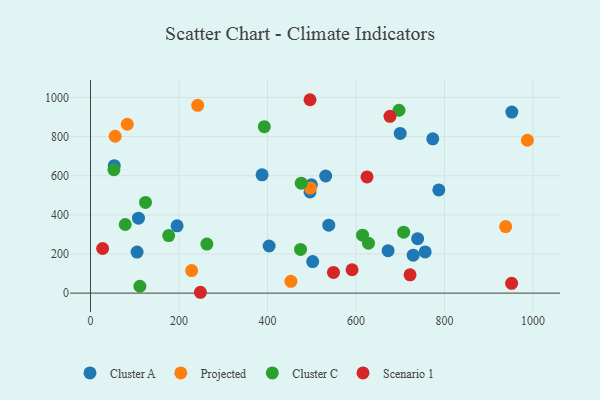
{"axis": {"x": "Experience", "y": "Rating"}, "legend": ["Cluster A", "Cluster C", "Projected", "Scenario 1"], "data": [{"x": "699.9", "y": 816.1, "type": "Cluster A"}, {"x": "105.2", "y": 209.9, "type": "Cluster A"}, {"x": "502.1", "y": 161.1, "type": "Cluster A"}, {"x": "729.3", "y": 194.0, "type": "Cluster A"}, {"x": "756.3", "y": 210.6, "type": "Cluster A"}, {"x": "672.5", "y": 216.7, "type": "Cluster A"}, {"x": "739.3", "y": 278.4, "type": "Cluster A"}, {"x": "108.4", "y": 383.1, "type": "Cluster A"}, {"x": "538.5", "y": 347.2, "type": "Cluster A"}, {"x": "53.7", "y": 651.5, "type": "Cluster A"}, {"x": "787.2", "y": 527.3, "type": "Cluster A"}, {"x": "531.5", "y": 598.6, "type": "Cluster A"}, {"x": "773.5", "y": 788.5, "type": "Cluster A"}, {"x": "387.7", "y": 604.8, "type": "Cluster A"}, {"x": "403.7", "y": 240.8, "type": "Cluster A"}, {"x": "499.2", "y": 553.5, "type": "Cluster A"}, {"x": "496.1", "y": 517.0, "type": "Cluster A"}, {"x": "952.2", "y": 925.5, "type": "Cluster A"}, {"x": "195.7", "y": 344.2, "type": "Cluster A"}, {"x": "228.6", "y": 115.1, "type": "Projected"}, {"x": "452.9", "y": 60.2, "type": "Projected"}, {"x": "938.2", "y": 339.9, "type": "Projected"}, {"x": "55.7", "y": 801.9, "type": "Projected"}, {"x": "987.3", "y": 781.4, "type": "Projected"}, {"x": "242.2", "y": 960.1, "type": "Projected"}, {"x": "83.1", "y": 863.1, "type": "Projected"}, {"x": "496.9", "y": 537.0, "type": "Projected"}, {"x": "474.7", "y": 223.5, "type": "Cluster C"}, {"x": "476.3", "y": 561.7, "type": "Cluster C"}, {"x": "263.0", "y": 250.8, "type": "Cluster C"}, {"x": "124.3", "y": 463.6, "type": "Cluster C"}, {"x": "707.7", "y": 311.7, "type": "Cluster C"}, {"x": "111.6", "y": 35.1, "type": "Cluster C"}, {"x": "176.7", "y": 294.2, "type": "Cluster C"}, {"x": "78.5", "y": 350.6, "type": "Cluster C"}, {"x": "392.8", "y": 850.5, "type": "Cluster C"}, {"x": "628.2", "y": 254.8, "type": "Cluster C"}, {"x": "697.2", "y": 934.8, "type": "Cluster C"}, {"x": "614.8", "y": 296.2, "type": "Cluster C"}, {"x": "53.0", "y": 630.7, "type": "Cluster C"}, {"x": "549.1", "y": 105.9, "type": "Scenario 1"}, {"x": "676.8", "y": 903.6, "type": "Scenario 1"}, {"x": "722.1", "y": 93.7, "type": "Scenario 1"}, {"x": "591.1", "y": 119.4, "type": "Scenario 1"}, {"x": "27.4", "y": 228.1, "type": "Scenario 1"}, {"x": "496.1", "y": 988.5, "type": "Scenario 1"}, {"x": "951.7", "y": 49.9, "type": "Scenario 1"}, {"x": "248.4", "y": 4.3, "type": "Scenario 1"}, {"x": "624.9", "y": 594.1, "type": "Scenario 1"}]}